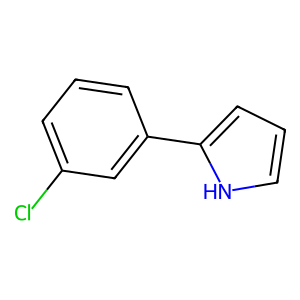
SMILES: Clc1cccc(-c2ccc[nH]2)c1
Inhibits HIV replication: No